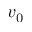
v _ { 0 }